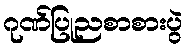
ဂုဏ်ပြုညစာစားပွဲ